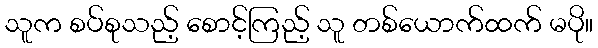
သူက စပ်စုသည့် စောင့်ကြည့် သူ တစ်ယောက်ထက် မပို။